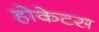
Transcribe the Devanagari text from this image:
होकेटस